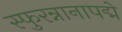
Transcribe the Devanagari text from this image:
स्फुरन्नानापद्मे